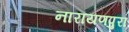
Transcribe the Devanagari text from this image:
नारायणपुरा